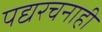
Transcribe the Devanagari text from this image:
पद्यरचनाही